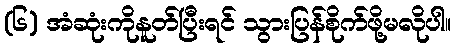
(၆) အံဆုံးကိုနူတ်ပြီးရင် သွားပြန်စိုက်ဖို့မလိုပါ။